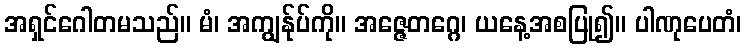
အရှင်ဂေါတမသည်။ မံ၊ အကျွန်ုပ်ကို။ အဇ္ဇေတဂ္ဂေ၊ ယနေ့အစပြု၍။ ပါဏုပေတံ၊